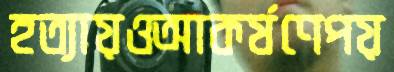
হত্যায়ওআকর্ষণেপয়